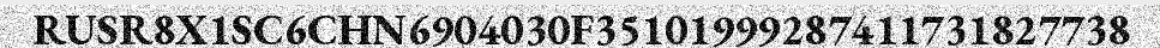
RUSR8X1SC6CHN6904030F35101999287411731827738